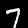
Digit: 7